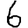
Digit: 6